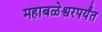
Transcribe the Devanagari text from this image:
महाबळेश्वरपर्यंत